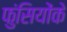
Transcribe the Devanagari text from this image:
फुंसियोंके